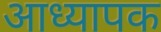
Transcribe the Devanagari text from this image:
आध्यापक